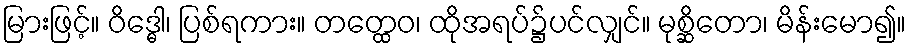
မြားဖြင့်။ ဝိဒ္ဓေါ၊ ပြစ်ရကား။ တတ္ထေဝ၊ ထိုအရပ်၌ပင်လျှင်။ မုစ္ဆိတော၊ မိန်းမော၍။